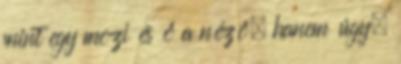
mint egy mozi és ő a néző, hanem úgy,